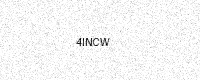
Text: 4INCW